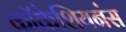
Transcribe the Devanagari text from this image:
कॉकेशियनंस